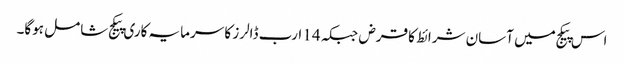
اس پیکج میں آسان شرائط کا قرض جبکہ 14 ارب ڈالرز کا سرمایہ کاری پیکج شامل ہوگا۔